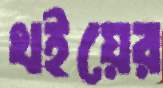
খইয়ের